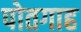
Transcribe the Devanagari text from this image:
पोतगाह